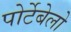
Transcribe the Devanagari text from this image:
पोर्टेबेलो